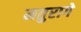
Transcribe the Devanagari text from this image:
मतुरागे